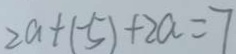
2 a + ( - 5 ) + 2 a = 7